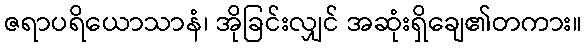
ဇရာပရိယောသာနံ၊ အိုခြင်းလျှင် အဆုံးရှိချေ၏တကား။